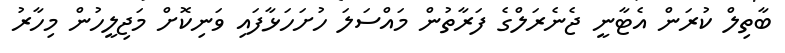
ބާތިލް ކުރަން އެޓާނީ ޖެނެރަލްގެ ފަރާތުން މައްސަލަ ހުށަހަޅާފައި ވަނިކޮށް މަޖިލީހުން މިހާރު